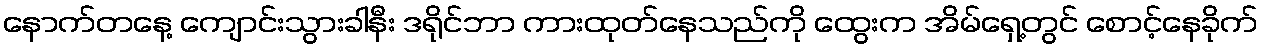
နောက်တနေ့ ကျောင်းသွားခါနီး ဒရိုင်ဘာ ကားထုတ်နေသည်ကို ထွေးက အိမ်ရှေ့တွင် စောင့်နေခိုက်